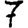
Digit: 7